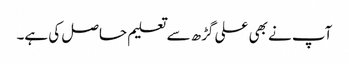
آپ نے بھی علی گڑھ سے تعلیم حاصل کی ہے۔